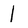
Character: 1